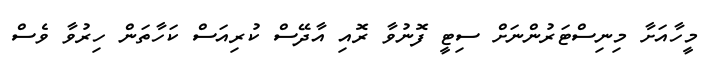
މީހާއަށާ މިނިސްޓަރުންނަށް ސިޓީ ފޮނުވާ ރޮއި އާދޭސް ކުރިއަސް ކަހާތަން ހިރުވާ ވެސް